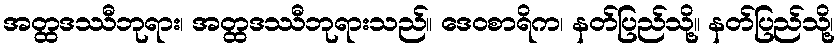
အတ္ထဒဿီဘုရား၊ အတ္ထဒဿီဘုရားသည်။ ဒေဝစာရိက၊ နတ်ပြည်သို့။ နတ်ပြည်သို့၊